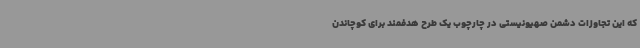
که این تجاوزات دشمن صهیونیستی در چارچوب یک طرح هدفمند برای کوچاندن